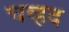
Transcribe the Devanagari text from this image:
चव्हद